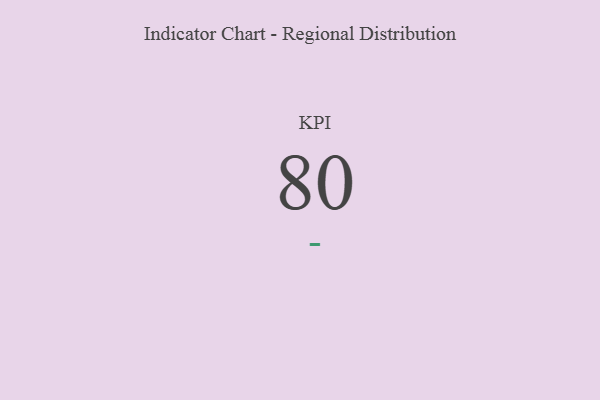
{"axis": {"x": "KPI", "y": "Value"}, "legend": [""], "data": [{"x": "KPI", "y": 80, "type": ""}]}